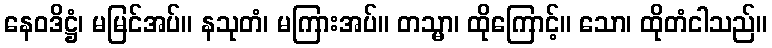
နေဝဒိဋ္ဌံ၊ မမြင်အပ်။ နသုတံ၊ မကြားအပ်။ တသ္မာ၊ ထိုကြောင့်။ သော၊ ထိုတံငါသည်။